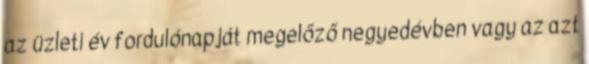
az üzleti év fordulónapját megelőző negyedévben vagy az azt